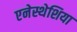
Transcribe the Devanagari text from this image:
एनेस्थेशिया